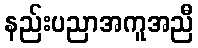
နည်းပညာအကူအညီ